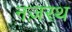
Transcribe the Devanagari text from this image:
नज़रथ